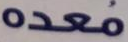
معدة